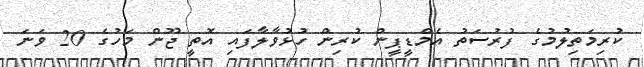
ކުރިމަތިލުމުގެ ފުރުސަތު އެމްޑީޕީން ކުރިން ހުޅުވާލާފައި އޮތީ ޖޫން މަހުގެ 20 ވަނަ